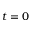
t = 0